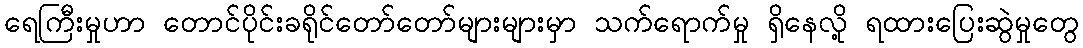
ရေကြီးမှုဟာ တောင်ပိုင်းခရိုင်တော်တော်များများမှာ သက်ရောက်မှု ရှိနေလို့ ရထားပြေးဆွဲမှုတွေ